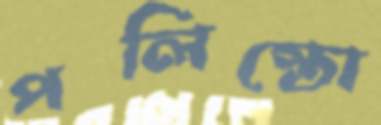
পলিস্তো